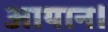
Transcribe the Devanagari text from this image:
आयान।